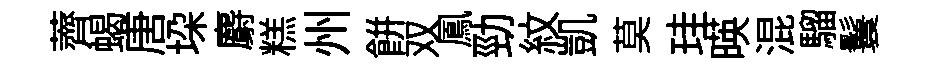
薺蝎唐垜麝糕州餅双鳳勁紋凱莫珪暎混騮鬟